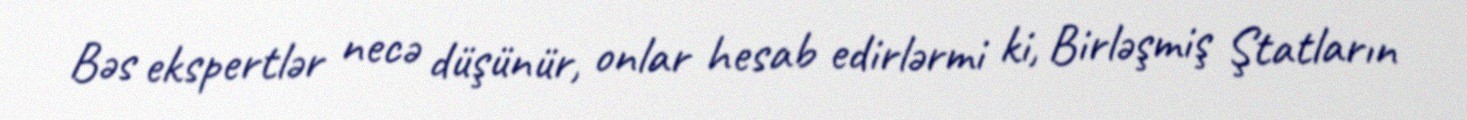
Bəs ekspertlər necə düşünür, onlar hesab edirlərmi ki, Birləşmiş Ştatların